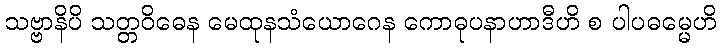
သဗ္ဗာနိပိ သတ္တဝိဓေန မေထုနသံယောဂေန ကောဓုပနာဟာဒီဟိ စ ပါပဓမ္မေဟိ